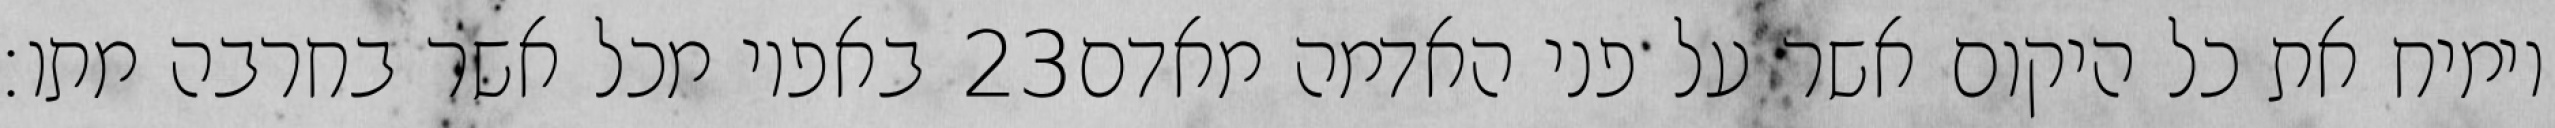
באפיו מכל אשר בחרבה מתו׃ ‎23‏ וימיח את כל היקום אשר על פני האדמה מאדם